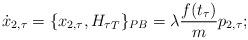
LaTeX: \begin{align*} \dot{x}_{2,\tau} = \{x_{2,\tau}, {H_{\tau}}_T\}_{PB} = \lambda \frac{f(t_\tau)}{m} p_{2,\tau}; \end{align*}